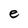
Character: e